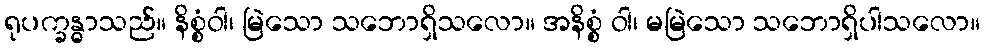
ရုပက္ခန္ဓာသည်။ နိစ္စံဝါ၊ မြဲသော သဘောရှိသလော။ အနိစ္စံ ဝါ၊ မမြဲသော သဘောရှိပါသလော။